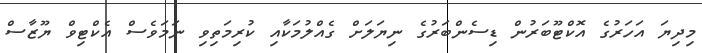
މިދިޔަ އަހަރުގެ އޮކްޓޫބަރުން ޑިސެންބަރުގެ ނިޔަލަށް ގެއްލުމަކާއި ކުރިމަތިވި ނަމަވެސް އެކްޓިވް ޔޫޒާސް